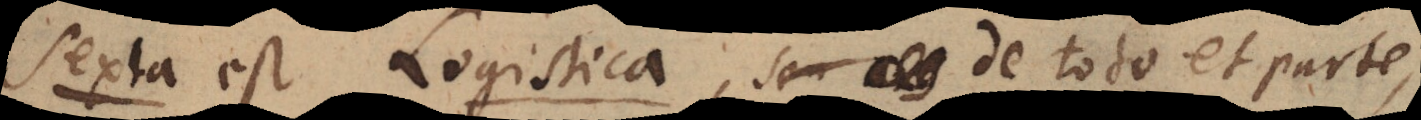
Sexta est Logistica , seu _ de toto et parte,